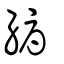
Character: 縟